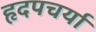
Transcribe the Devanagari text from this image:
हृदपचर्या